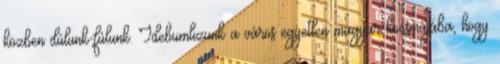
közben dúlunk-fúlunk. Idebumlizunk a város egyetlen magyar kocsmájába, hogy